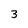
Character: 3